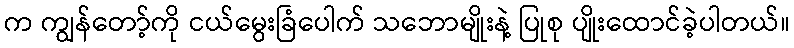
က ကျွန်တော့်ကို ငယ်မွေးခြံပေါက် သဘောမျိုးနဲ့ ပြုစု ပျိုးထောင်ခဲ့ပါတယ်။